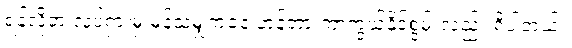
ရန်လိုတဲ့ လှုပ်ရှားမှု မှန်သမျှကနေ ဟန့်တားကာကွယ်နိုင်စွမ်းလည်း ရှိပါတယ်။